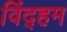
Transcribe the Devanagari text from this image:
विंद्हम